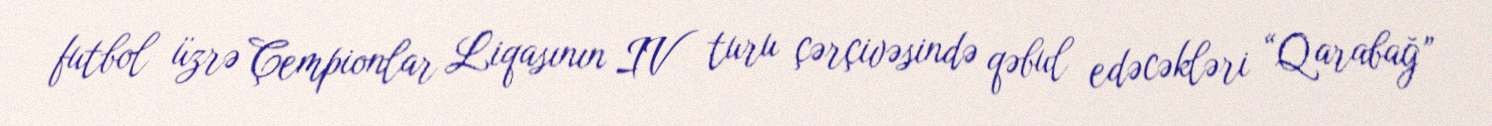
futbol üzrə Çempionlar Liqasının IV turu çərçivəsində qəbul edəcəkləri “Qarabağ”